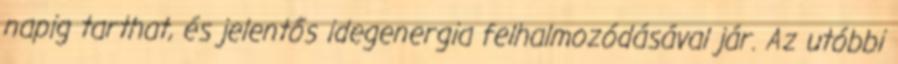
napig tarthat, és jelentős idegenergia felhalmozódásával jár. Az utóbbi